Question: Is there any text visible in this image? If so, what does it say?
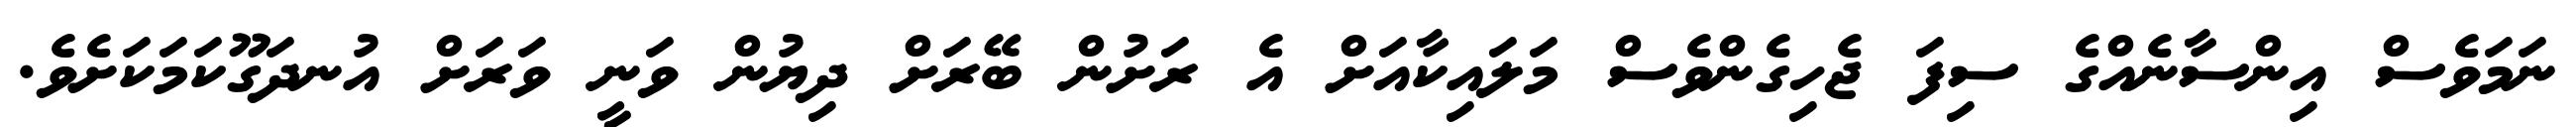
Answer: ނަމަވެސް އިންސާނެއްގެ ސިފަ ޖެހިގެންވެސް މަލައިކާއަށް އެ ރަށުން ބޭރަށް ދިޔުން ވަނީ ވަރަށް އުނދަގޫކަމަކަށެވެ.